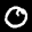
Label: 0